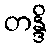
တန္ဒိ